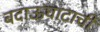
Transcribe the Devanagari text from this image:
बदाऊंघाटाची